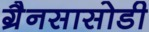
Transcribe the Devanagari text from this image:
ग्रैनसासोडी